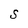
Character: S